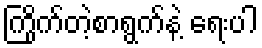
ကြိုက်တဲ့စာရွက်နဲ့ ရေးပါ